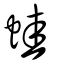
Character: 鼃